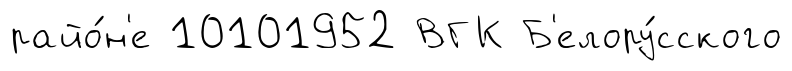
райо́н'е 10101952 ВГК Б'елору́сского